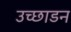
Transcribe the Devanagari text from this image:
उच्छाडन